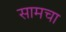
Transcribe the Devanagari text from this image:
सामचा